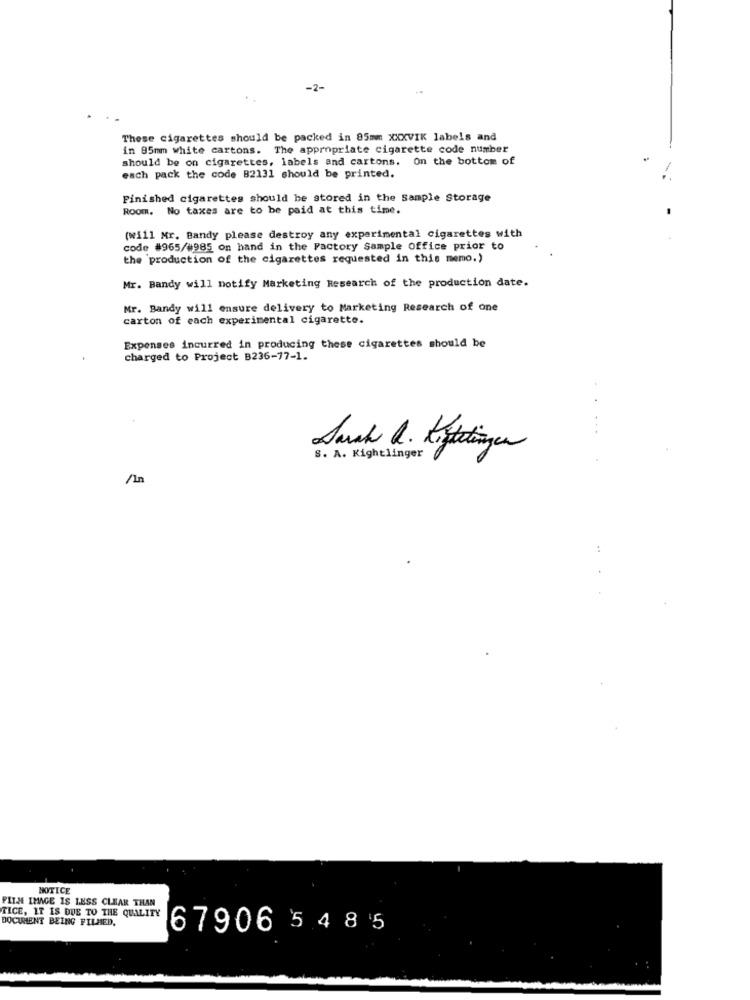
-2-
These cigarettes should be packed in 85mm XXXVIK labels and
in 85mm white cartons. The appropriate cigarette code number
should be on cigarettes, labels and cartons. On the bottom of
each pack the code 82131 should be printed.
Finished cigarettes should be stored in the Sample Storage
Room. No taxes are to be paid at this time.
(will Mr. Bandy please destroy any experimental cigarettes with
code #965/#985 on hand in the Factory Sample Office prior to
the production of the cigarettes requested in this memo.)
Mr. Bandy will notify Marketing Research of the production date.
Mr. Bandy will ensure delivery to Marketing Research of one
carton of each experimental cigarette.
Expenses incurred in producing these cigarettes should be
charged to Project B236-77-1.
Sarah Q. Kostetingen
S. A. Kightlinger
/In
NOTICE
FILH IMAGE IS LESS CLEAR THAN
TICE, IT IS DUE TO THE QUALITY
DOCUMENT BEING FILMED,
679065485